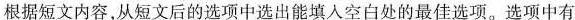
根据短文内容,从短文后的选项中选出能填入空白处的最佳选项.选项中有